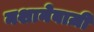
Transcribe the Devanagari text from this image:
नशानेबाज़ी